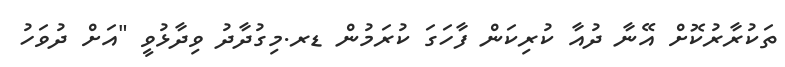
ތަކުރާރުކޮށް އޭނާ ދުއާ ކުރިކަން ފާހަގަ ކުރަމުން ޑރ.މިގުދާދު ވިދާޅުވީ "އަށް ދުވަހު